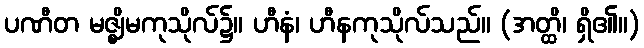
ပဏီတ မဇ္ဈိမကုသိုလ်၌။ ဟီနံ၊ ဟီနကုသိုလ်သည်။ (အတ္ထိ၊ ရှိ၏။)